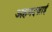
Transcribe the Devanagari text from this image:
अहमदज़ाई